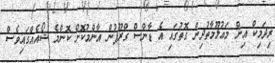
ރިދަމިކް އިން މަޢުލޫމާތުދިން ގޮތުގައި އެ ޑާންސް ގްރޫޕުން އާންމުކޮށް ކޮންމެ ޝޯއެއްގައިވެސް